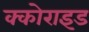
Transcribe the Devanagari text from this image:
क्कोराइड